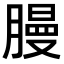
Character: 𫆳